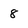
Character: 8